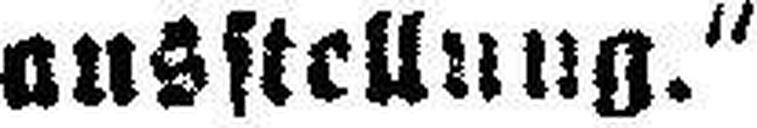
ausstellung.“